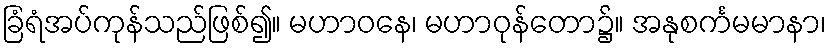
ခြံရံအပ်ကုန်သည်ဖြစ်၍။ မဟာဝနေ၊ မဟာဝုန်တော၌။ အနုစင်္ကမမာနာ၊